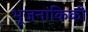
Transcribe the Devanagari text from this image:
भूजनांकिकी